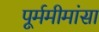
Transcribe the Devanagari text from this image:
पूर्ममीमांसा